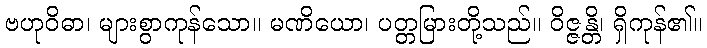
ဗဟုဝိဓာ၊ များစွာကုန်သော။ မဏိယော၊ ပတ္တမြားတို့သည်။ ဝိဇ္ဇန္တိ၊ ရှိကုန်၏။